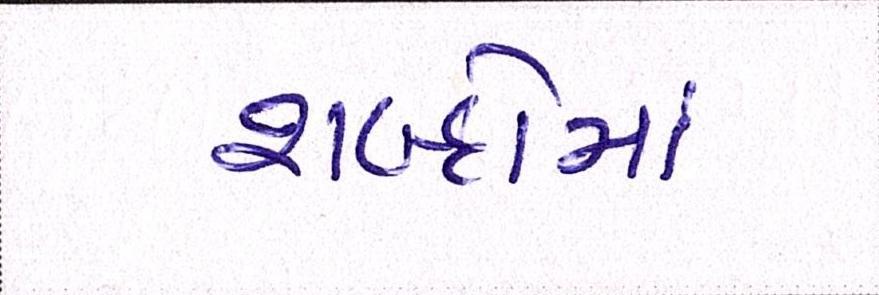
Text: શબ્દોમાં